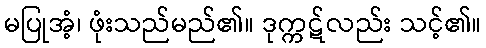
မပြုအံ့၊ ဖုံးသည်မည်၏။ ဒုက္ကဋ်လည်း သင့်၏။